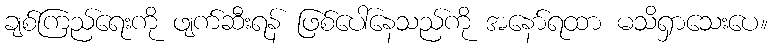
ချစ်ကြည်ရေးကို ဖျက်ဆီးရန် ဖြစ်ပေါ်နေသည်ကို အနော်ရထာ မသိရှာသေးပေ။